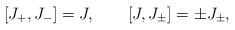
LaTeX: \begin{align*}[J_+,J_-] = J, \qquad[J,J_{\pm}] = \pm J_{\pm},\end{align*}